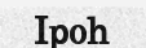
Ipoh